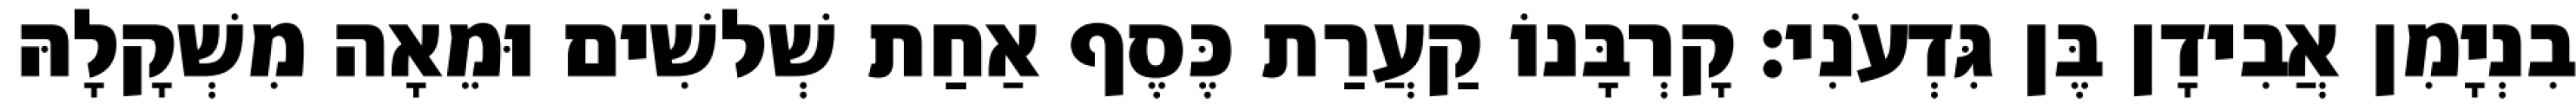
בִנְיָמִן אֲבִידָן בֶּן גִּדְעֹנִי׃ קָרְבָּנוֹ קַעֲרַת כֶּסֶף אַחַת שְׁלשִׁים וּמֵאָה מִשְׁקָלָהּ